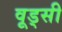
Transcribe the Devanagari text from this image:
वूड्सी